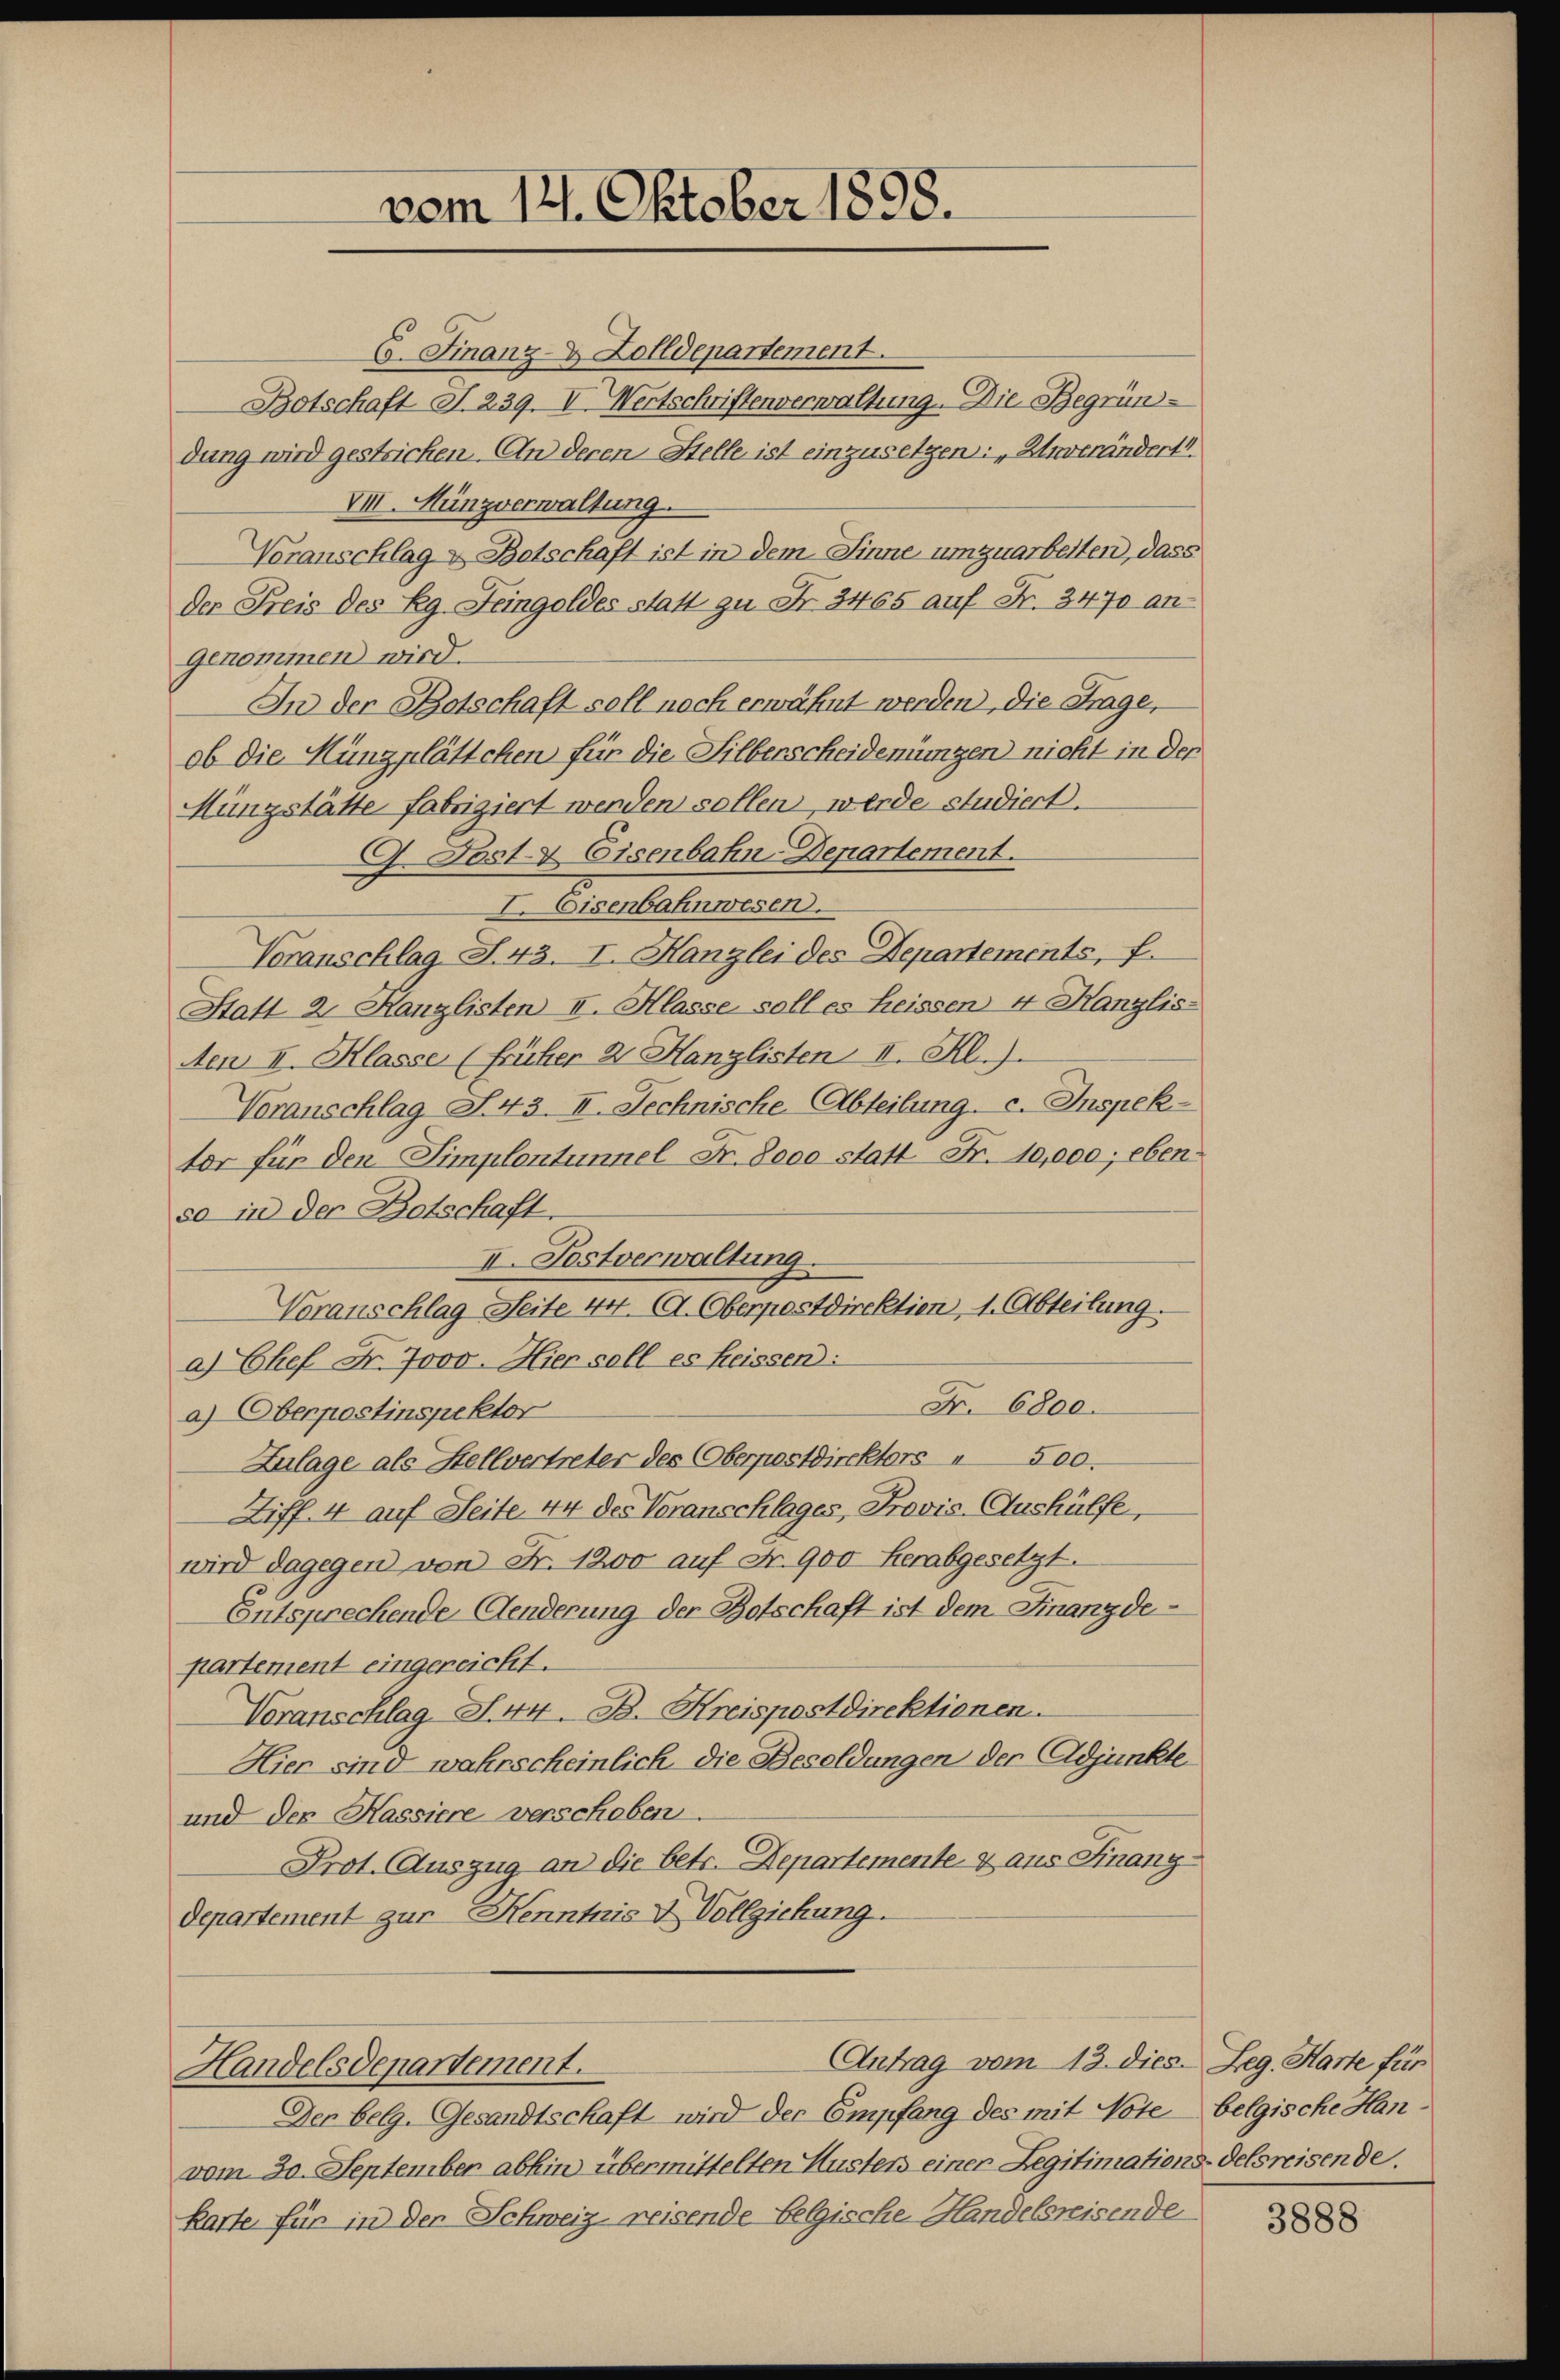
6. Finanz- & Zolldepartement.
Botschaft S. 239. II. Wertschriftenverwaltung. Die Begründung wird gestricken. An deren Stelle ist einzusetzen: „Unverändert
VII. Münzverwaltung.
Voranschlag u. Botschaft ist in dem Sinne umzuarbeiten, dass
der Preis des Rg. Feingoldes statt zu Fr. 3465 auf Fr. 3470 an
genommen wird.
In der Botschaft soll noch erwähnt werden, die Frage,
ob die Münzplättchen für die Silberscheideningen nicht in der
Müngstätte fabriziert werden sollen, werde studiert.
9. Post- & Eisenbahn-Departement.
I. Eisenbahnwesen.
Voranschlag S. 43. I. Hanzlei des Departements, f
Statt 2 Kanzlisten II. Klasse soll es heissen 4 Kanzlis-
Aen II. Klasse (früher 2 Kanzlisten II. Kl.).
Voranschlag S. 43. II. Technische Abteilung. c. Inspek-
tor für den Simplontunnel Fr. Sooo statt Fr. 10,000; ebenso in der Botschaft.
II. Postverwaltung.
Voranschlag Seite 44. (A. Oberpostdirektion, 1. Abteilung.
a) Chef Fr. 7000. Hier soll es heissen:
Nr. 6800.
a) Oberpostinspektor
Zulage als Stellvertreter des Oberpostdirektors 500.
Ziff. 4 auf Seite 44 des Voranschlages, Provis-Aushülfe,
wird dagegen von Fr. 1200 auf Nr. 900 herabgesetzt.
Entsprechende Aenderung der Botschaft ist dem Finanzde
partement eingereicht.
Voranschlag N. 44. B. Kreispostdirektionen.
Hier sind wahrscheinlich die Besoldungen der Adjunkte
und der Kassiere verschoben.
Prot. Auszug an die betr. Departemente & aus Finanz
departement zur Kenntnis v Vollziehung.
Antrag vom 13. dies. Leg. Harte für
Handelsdepartement.
Der belg. Gesandtschaft wird der Empfang des mit Note belgische Hanvom 20. September abhin übermittelten Husters einer Legitimations-delsreisende.
karte für in der Schweiz reisende belgische Handelsreisende

vom 121. Oktober 1898.

3888